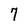
Character: 7